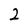
Character: 2